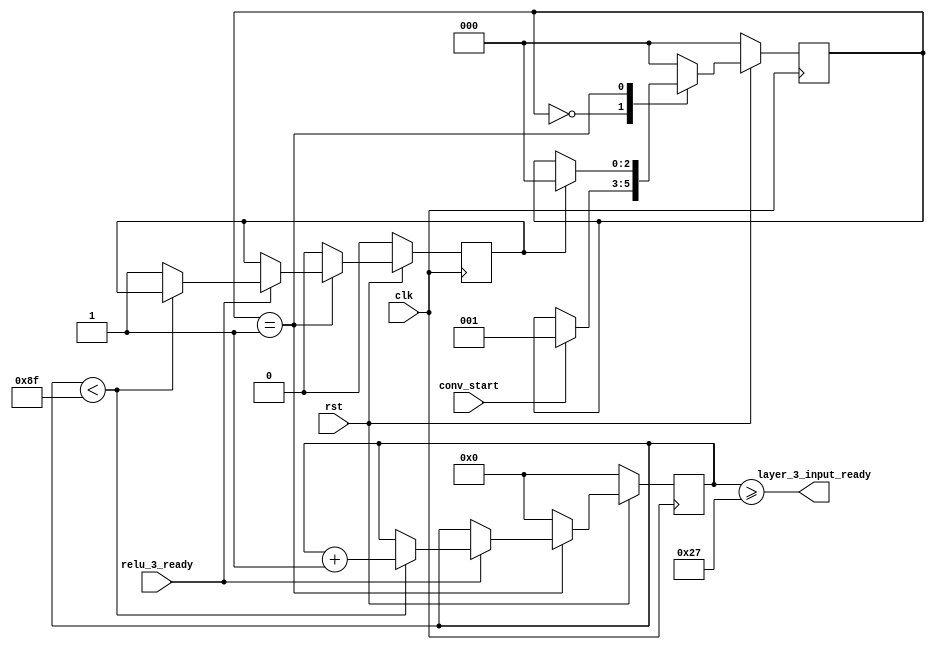
module Layer3Input(
    input clk,
    input rst,
    input conv_start,
    input relu_3_ready,
    output layer_3_input_ready
);

    // relu_3_ready1
    reg layer_3_input_complete = 1'b0;
    parameter 
        VACANT = 3'd0,
        BUSY = 3'd1;
    reg [2:0] state = 3'd0;
    always @(posedge clk) begin
        if(!rst) begin
            state <= VACANT;
        end
        else begin
            case(state)
                VACANT: begin
                    if(conv_start) begin
                        state <= BUSY;
                    end
                end
                BUSY: begin
                    if(layer_3_input_complete) begin
                        state <= VACANT;
                    end
                end
                default: begin
                    state <= VACANT;
                end
            endcase
        end
    end

    // 12x12x163x3x16
    parameter img_size = 10'd144;
    parameter convolution_size = 7'd36;
    parameter kernel_size = 2'd3;
    reg [9:0] pix_count = 10'd0;

    always @(posedge clk) begin
        if(!rst) begin
            pix_count <= 10'd0;
            layer_3_input_complete <= 1'b0;
        end
        else begin
            case(state)
                VACANT: begin
                    pix_count <= 10'd0;
                    layer_3_input_complete <= 1'b0;
                end
                BUSY: begin
                    if(relu_3_ready) begin
                        if(pix_count < img_size - 10'd1) begin
                            pix_count <= pix_count + 10'd1;
                        end
                        else begin
                            layer_3_input_complete <= 1'b1;
                        end
                    end
                end
                default: begin
                    pix_count <= 10'd0;
                    layer_3_input_complete <= 1'b0;
                end
            endcase
        end
    end

    // conv_4.vlayer_3_input_ready1'b1
    assign layer_3_input_ready = pix_count >= convolution_size + kernel_size;

endmodule